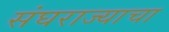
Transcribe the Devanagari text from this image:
संघराज्याचा